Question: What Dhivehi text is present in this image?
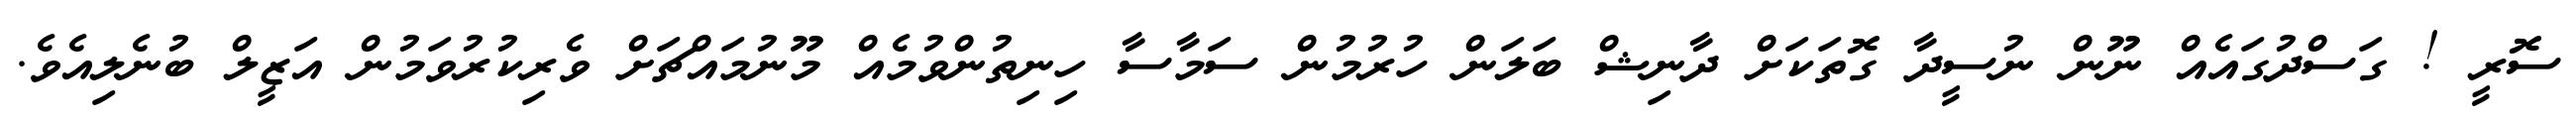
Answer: ސޮރީ ! ގަސްދުގައެއް ނޫން ނުސީދާ ގޮތަކަށް ދާނިޝް ބަލަން ހުރުމުން ސަމާސާ ހިނިތުންވުމެއް މޫނުމައްޗަށް ވެރިކުރުވަމުން އަޒީލް ބުނެލިއެވެ.